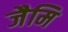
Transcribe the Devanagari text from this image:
जैमि